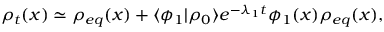
\rho _ { t } ( x ) \simeq \rho _ { e q } ( x ) + \langle \phi _ { 1 } \rvert \rho _ { 0 } \rangle e ^ { - \lambda _ { 1 } t } \phi _ { 1 } ( x ) \rho _ { e q } ( x ) ,